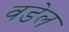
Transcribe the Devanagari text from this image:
वडेल